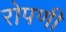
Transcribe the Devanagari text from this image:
रोपणी